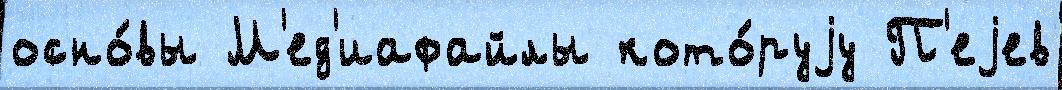
осно́вы М'ед'иафайлы кото́руjу П'еjев